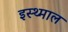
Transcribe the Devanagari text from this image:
इस्थ्माल